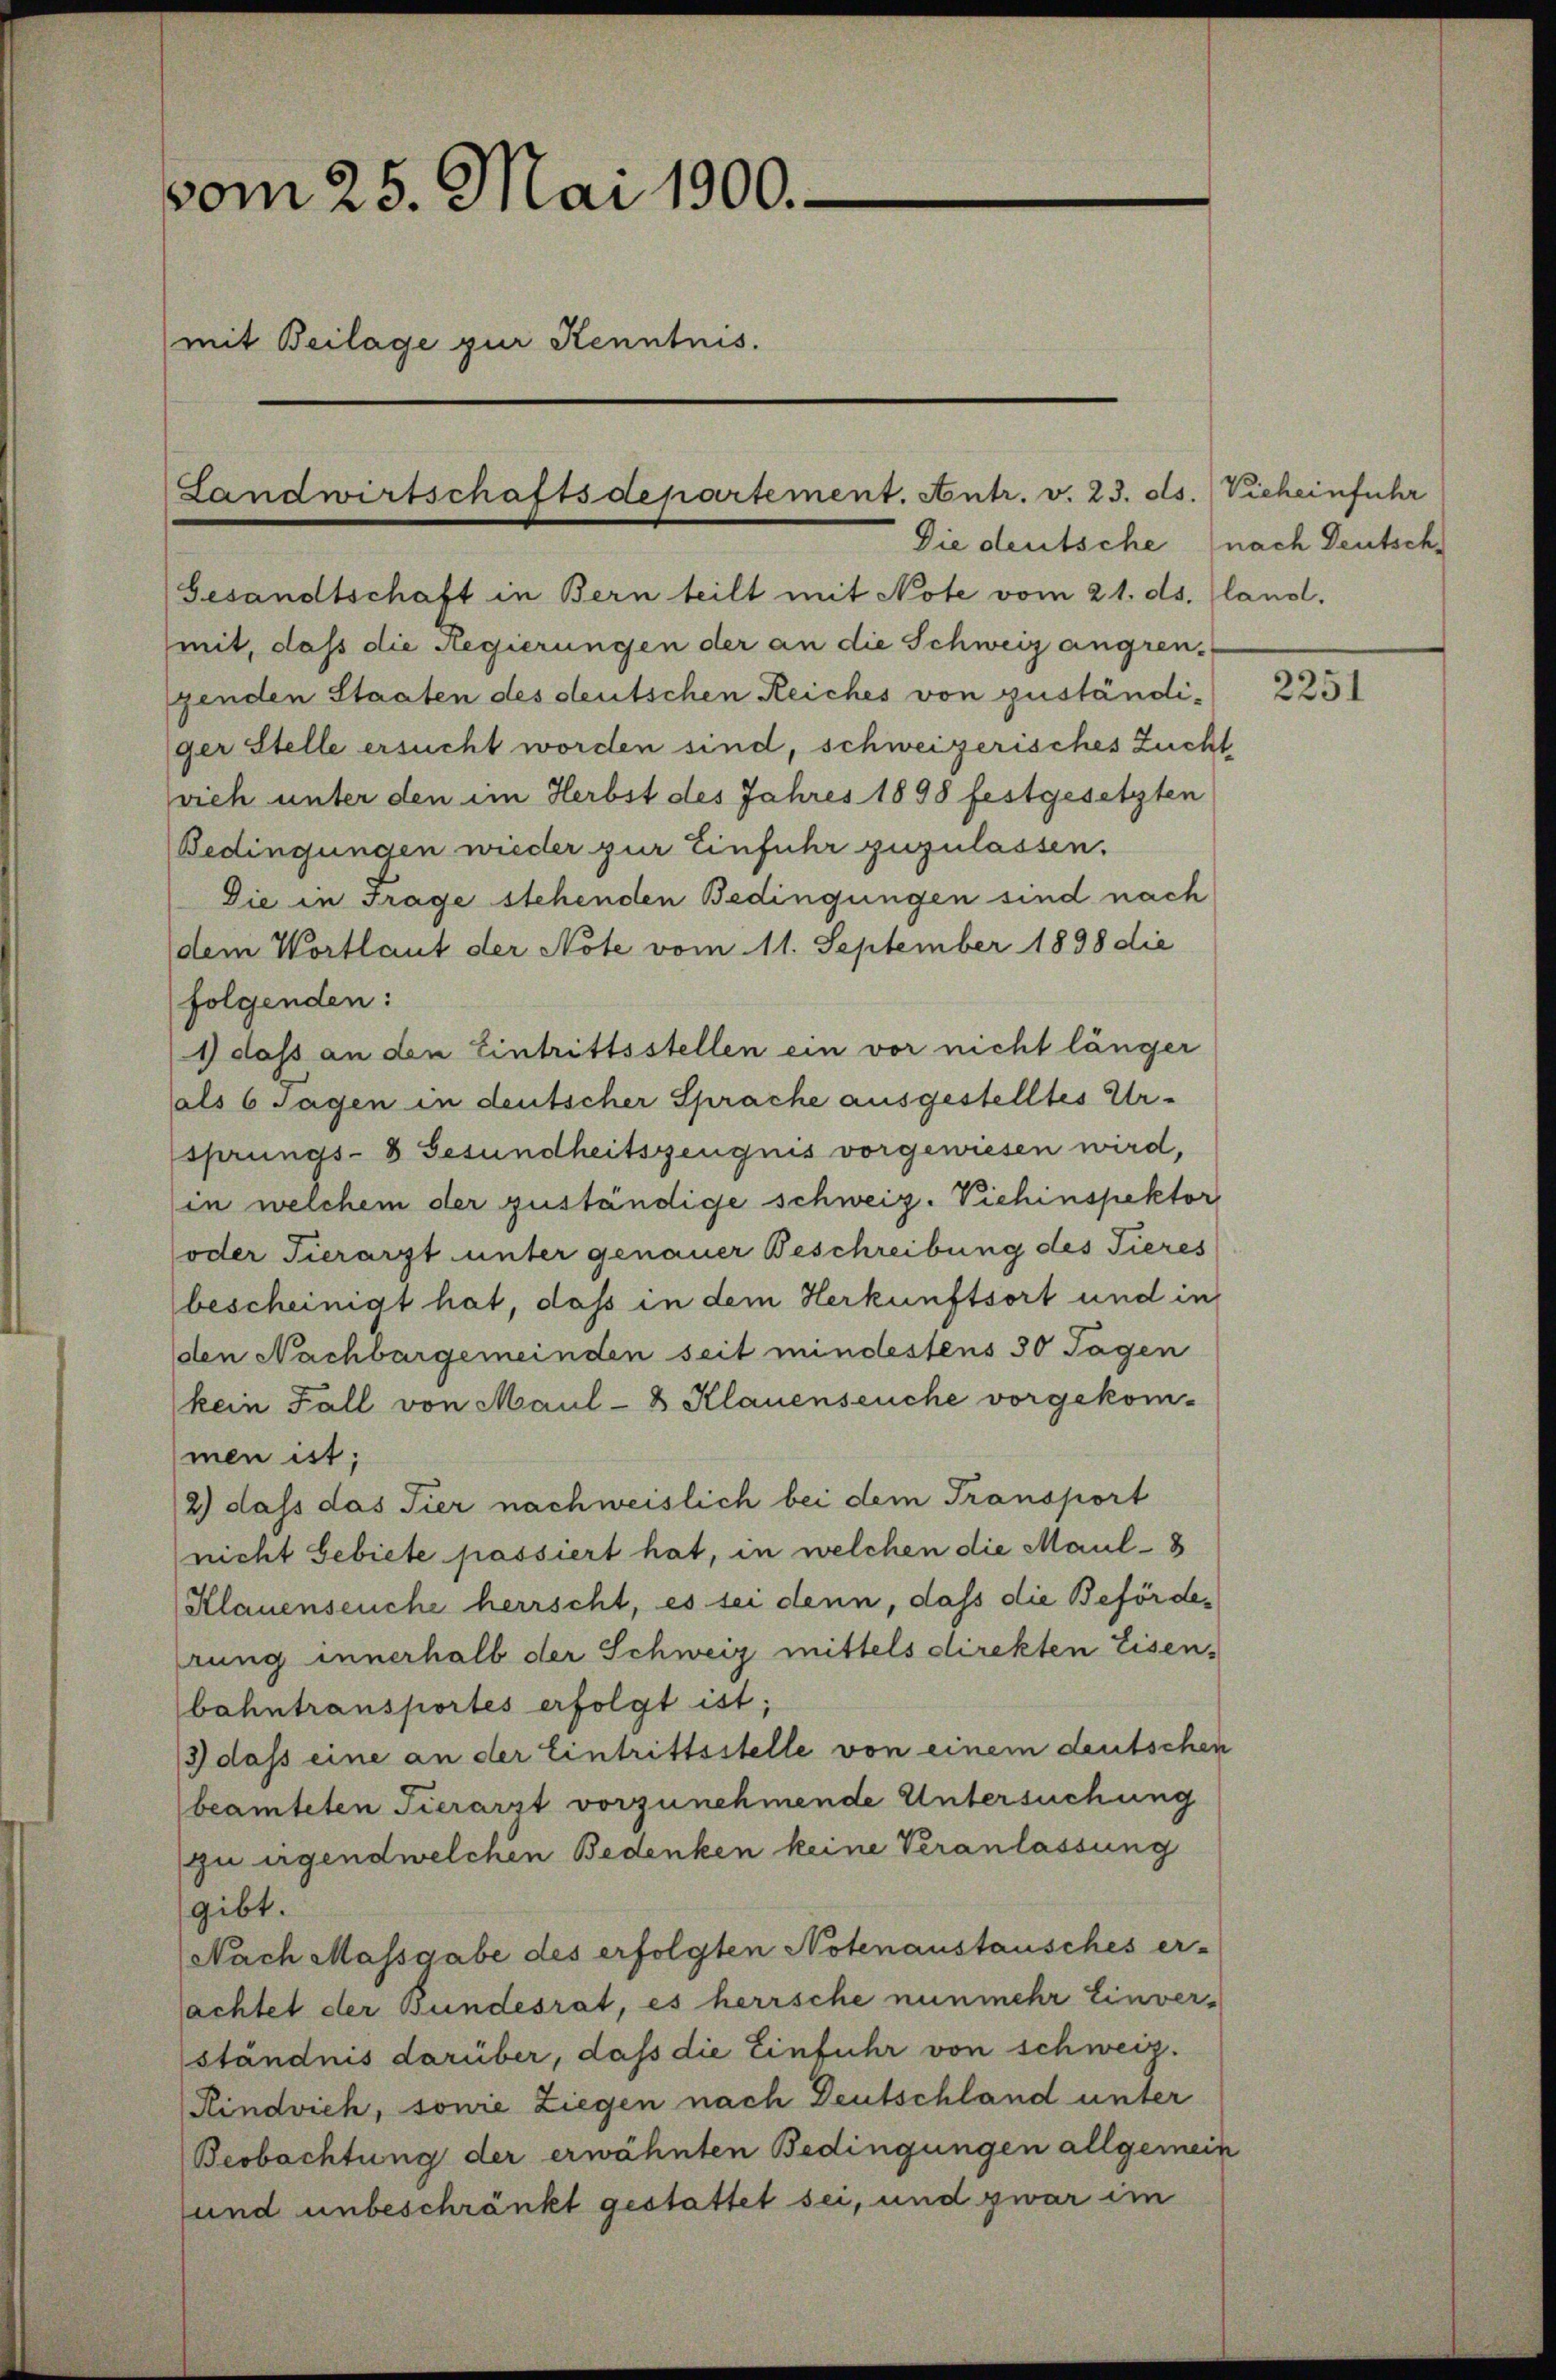
vom 25. Mai 1900.
(mit Beilage zur Kenntnis.

Landwirtschaftsdepartement. Antr. v. 23. ds. Vieheinfuhr
Die deutsche

Gesandtschaft in Bern teilt mit Note vom 21. ds. land.
mit, daß die Regierungen der an die Schweiz angren-
genden Staaten des deutschen Reiches von zuständiger Stelle ersucht worden sind, schweizerisches Zucht
vieh unter den im Herbst des Jahres 1898 festgesetzten
Bedingungen wieder zur Einfuhr zuzulassen.
Die in Frage stehenden Bedingungen sind nach
dem Wortlaut der Note vom 11. September 1898 die
folgenden:
1) dass an den Eintrittsstellen ein vor nicht länger
als 6 Tagen in deutscher Sprache ausgestelltes Ursprungs-8 Gesundheitszeugnis vorgewiesen wird,
in welchem der zuständige schweiz. Viehinspektor
oder Tierarzt unter genauer Beschreibung des Tieres
bescheinigt hat, dass in dem Herkunftsort und in
den Nachbargemeinden seit mindestens 30 Tagen
kein Fall von Maul- & Klauenseuche vorgekom-
men ist;
2) dass das Tier nachweislich bei dem Transport
nicht Gebiete passiert hat, in welchen die Maul- 8
Klauenseuche herrscht, es sei denn, dass die Beförderung innerhalb der Schweiz mittels direkten Eisenbahntransportes erfolgt ist;
3 dass eine an der Eintrittsstelle von einem deutschen
beamteten Tierarzt vorzunehmende Untersuchung
zu irgendwelchen Bedenken keine Veranlassung
gibt.
Nach Massgabe des erfolgten Notenaustausches er-
achtet der Bundesrat, es herrsche nunmehr Einver-
ständnis darüber, daß die Einfuhr von schweiz.
Rindvieh, sowie Ziegen nach Deutschland unter
Beobachtung der erwähnten Bedingungen allgemein
und unbeschränkt gestattet sei, und zwar im

nach Deutsch

2251